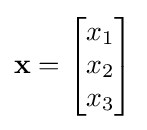
\mathbf {x} ={\begin{bmatrix}x_{1}\\x_{2}\\x_{3}\end{bmatrix}}